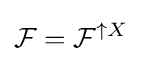
{\mathcal {F}}={\mathcal {F}}^{\uparrow X}